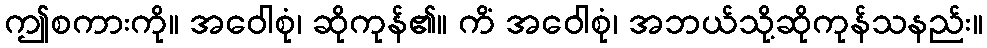
ဤစကားကို။ အဝေါစုံ၊ ဆိုကုန်၏။ ကိံ အဝေါစုံ၊ အဘယ်သို့ဆိုကုန်သနည်း။